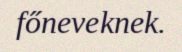
főneveknek.